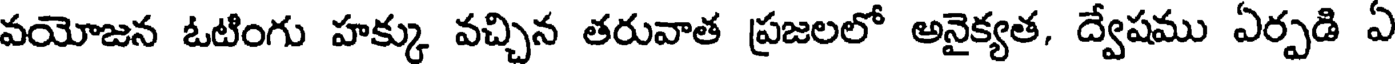
వయోజన ఓటింగు హక్కు వచ్చిన తరువాత ప్రజలలో అనైక్యత, ద్వేషము ఏర్పడి ఏ